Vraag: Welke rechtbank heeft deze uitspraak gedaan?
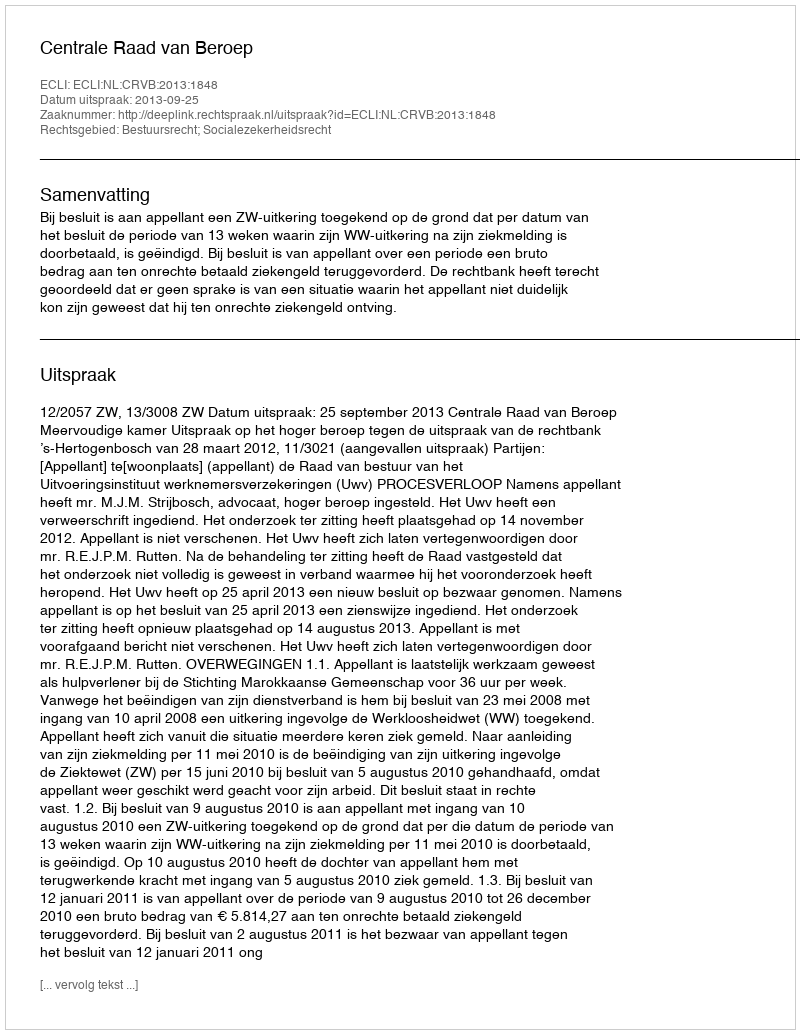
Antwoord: Centrale Raad van Beroep